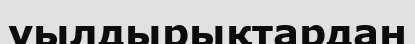
уылдырықтардан